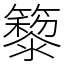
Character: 䉫